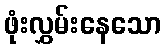
ဖုံးလွှမ်းနေသော